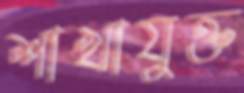
শাখাযুক্ত